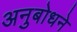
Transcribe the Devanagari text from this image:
अनुबोधने